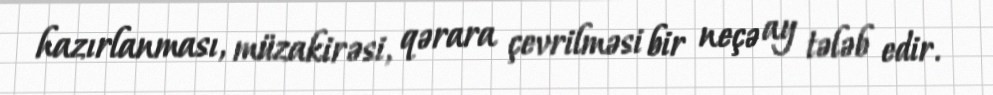
hazırlanması, müzakirəsi, qərara çevrilməsi bir neçə ay tələb edir.